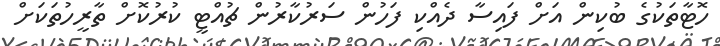
ހޮޓާތަކުގެ ބުކިން އަށް ފައިސާ ދެއްކި ފަހުން ސަރުކާރުން ޗުއްޓީ ކުރުކޮށް ތާރީހުތަކަށް